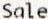
SALE